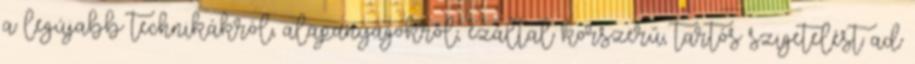
a legújabb technikákról, alapanyagokról, ezáltal korszerű, tartós szigetelést ad